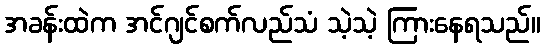
အခန်းထဲက အင်ဂျင်စက်လည်သံ သဲ့သဲ့ ကြားနေရသည်။